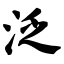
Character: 泛